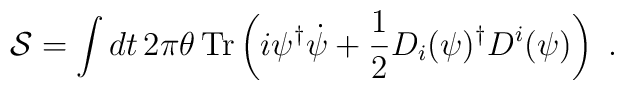
{\cal S}=\int dt\,2\pi \theta \,{\rm Tr} \left(i\psi^{\dagger}\dot{\psi} +\frac{1}{2} D_i(\psi)^{\dagger}  D^i(\psi)\right)~.